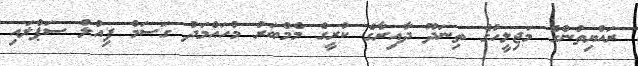
ރައްޔިތުންގެ މަޖިލީހުގެ ތިނަދޫ ދާއިރާގެ ކުރީގެ މެމްބަރު މުހައްމަދު ގަސަމް ފިއުލް ސަޕްލައި